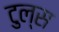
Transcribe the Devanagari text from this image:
टुल्स